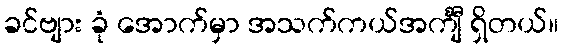
ခင်ဗျား ခုံ အောက်မှာ အသက်ကယ်အင်္ကျီ ရှိတယ်။